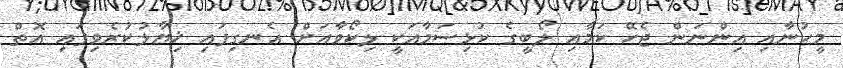
މީހުނާއި އިންނަން ޖެހޭ ކަމާއި ލޯބީގެ ކުޅިސަމާއަކީ ލިކޯވާއަށް އެނގިފައި ޚިޔާލުކުރެވިފައި އޮތް